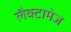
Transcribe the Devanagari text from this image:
लैक्टामेज